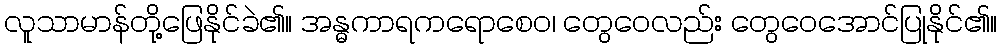
လူသာမာန်တို့ဖြေနိုင်ခဲ၏။ အန္ဓကာရကရောစေဝ၊ တွေဝေလည်း တွေဝေအောင်ပြုနိုင်၏။